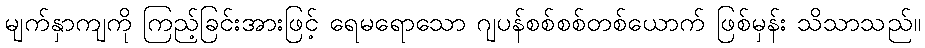
မျက်နှာကျကို ကြည့်ခြင်းအားဖြင့် ရေမရောသော ဂျပန်စစ်စစ်တစ်ယောက် ဖြစ်မှန်း သိသာသည်။